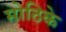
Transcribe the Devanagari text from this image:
मोठिके